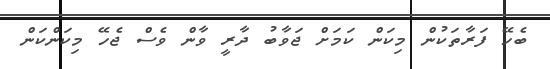
ބެހޭ ފަރާތަކުން މިކަން ކަމަށް ޖަވާބު ދާރީ ވާން ވެސް ޖެހޭ މިކަންކަން